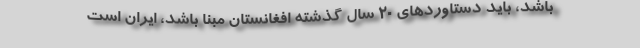
باشد، باید دستاوردهای ۲۰ سال گذشته افغانستان مبنا باشد، ایران است